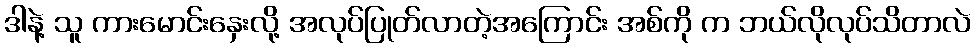
ဒါနဲ့ သူ ကားမောင်းနှေးလို့ အလုပ်ပြုတ်လာတဲ့အကြောင်း အစ်ကို က ဘယ်လိုလုပ်သိတာလဲ